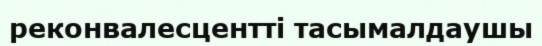
реконвалесцентті тасымалдаушы